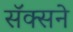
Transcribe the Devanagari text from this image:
सॅक्सने